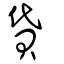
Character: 貸